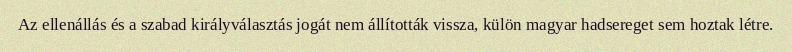
Az ellenállás és a szabad királyválasztás jogát nem állították vissza, külön magyar hadsereget sem hoztak létre.